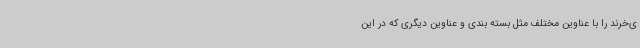
ی‌خرند را با عناوین مختلف مثل بسته بندی و عناوین دیگری که در این